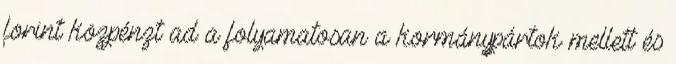
forint közpénzt ad a folyamatosan a kormánypártok mellett és